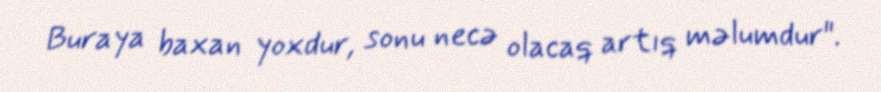
Buraya baxan yoxdur, sonu necə olacaq artıq məlumdur".